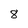
Character: 8